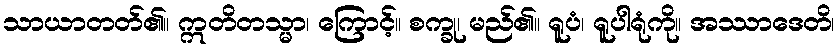
သာယာတတ်၏။ ဣတိတသ္မာ၊ ကြောင့်။ စက္ခု၊ မည်၏။ ရူပံ၊ ရူပါရုံကို။ အဿာဒေတိ၊